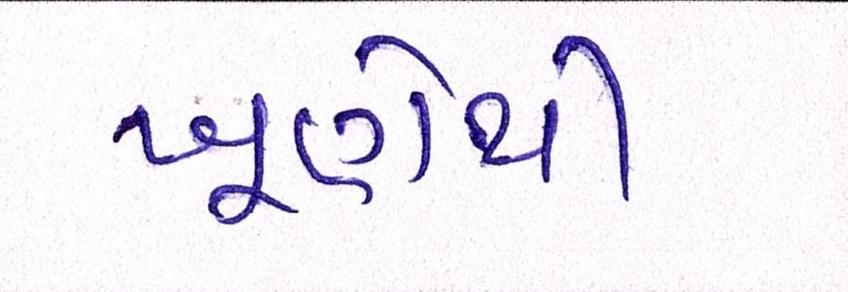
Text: ખૂણેથી